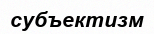
субъектизм